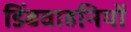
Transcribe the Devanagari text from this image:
डिंबवाहनियों